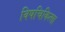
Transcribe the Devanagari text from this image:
विषचिकित्सा